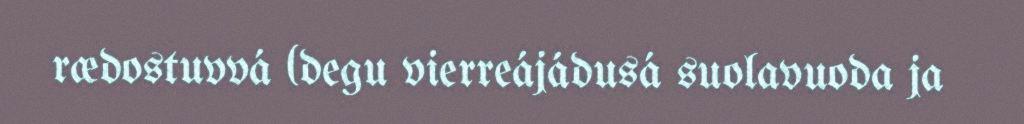
rædostuvvá (degu vierreájádusá suolavuoda ja